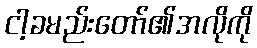
ငါ့ခမည်းတော်၏အလိုကို